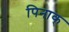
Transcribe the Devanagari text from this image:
पिनाक्